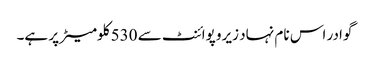
گوادر اس نام نہاد زیرو پوائنٹ سے 530 کلومیٹر پر ہے۔